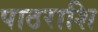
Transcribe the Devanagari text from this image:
पाठराशि